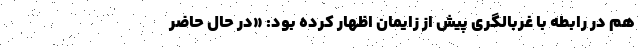
هم در رابطه با غربالگری پیش از زایمان اظهار کرده بود: «در حال حاضر